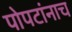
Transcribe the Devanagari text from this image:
पोपटांनाच